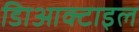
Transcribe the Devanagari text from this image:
डािआक्टाइल